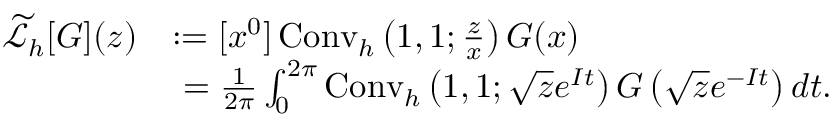
{ \begin{array} { r l } { { \widetilde { \mathcal { L } } } _ { h } [ G ] ( z ) } & { : = [ x ^ { 0 } ] \operatorname { C o n v } _ { h } \left( 1 , 1 ; { \frac { z } { x } } \right) G ( x ) } \\ & { \ = { \frac { 1 } { 2 \pi } } \int _ { 0 } ^ { 2 \pi } \operatorname { C o n v } _ { h } \left( 1 , 1 ; { \sqrt { z } } e ^ { I t } \right) G \left( { \sqrt { z } } e ^ { - I t } \right) d t . } \end{array} }